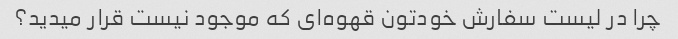
چرا در لیست سفارش خودتون قهوه‌ای که موجود نیست قرار میدید؟